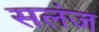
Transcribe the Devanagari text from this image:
सलंज